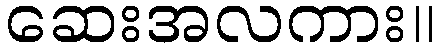
ဆေးအလကား။